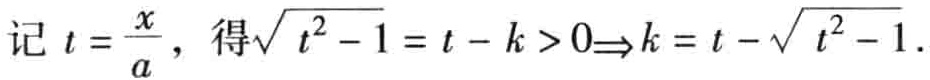
记 \(t = \frac{x}{a}\)，得\(\sqrt{ t^{2} - 1} = t - k > 0\Rightarrow k = t - \sqrt{ t^{2} - 1}\)